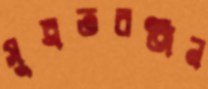
সুব্রতরঞ্জন